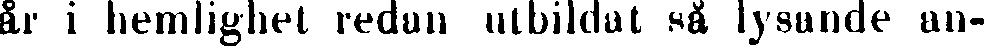
år i hemlighet redun utbildat så lysande an-